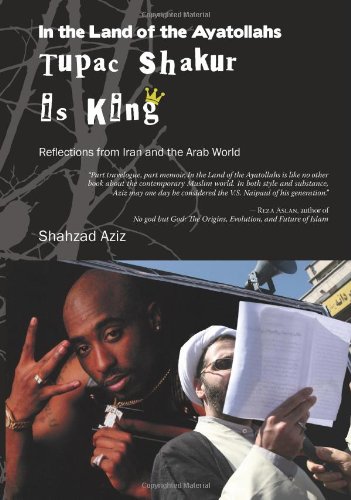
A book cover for In the Land of the Ayatollahs Tupac Shakur Is King: Reflections from Iran and the Arab World; Shahzad Aziz; Travel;